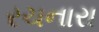
રચનારા